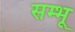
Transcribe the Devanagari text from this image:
सम्भू